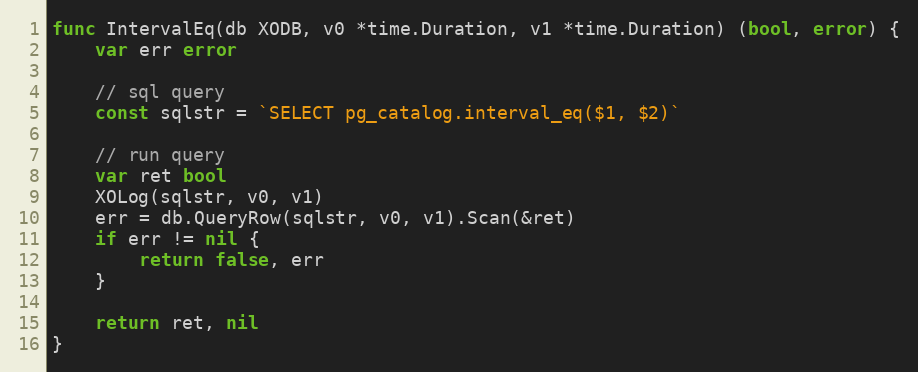
Language: Go
func IntervalEq(db XODB, v0 *time.Duration, v1 *time.Duration) (bool, error) {
	var err error

	// sql query
	const sqlstr = `SELECT pg_catalog.interval_eq($1, $2)`

	// run query
	var ret bool
	XOLog(sqlstr, v0, v1)
	err = db.QueryRow(sqlstr, v0, v1).Scan(&ret)
	if err != nil {
		return false, err
	}

	return ret, nil
}